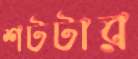
শটটার